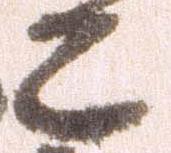
こ